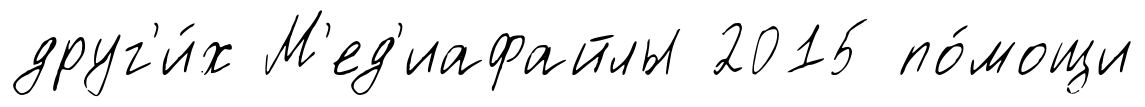
друг'и́х М'ед'иафайлы 2015 по́мощи